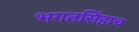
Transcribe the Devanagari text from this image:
भगतसिंहाच